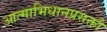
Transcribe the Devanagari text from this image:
आत्माभिधानप्रसक्तौ